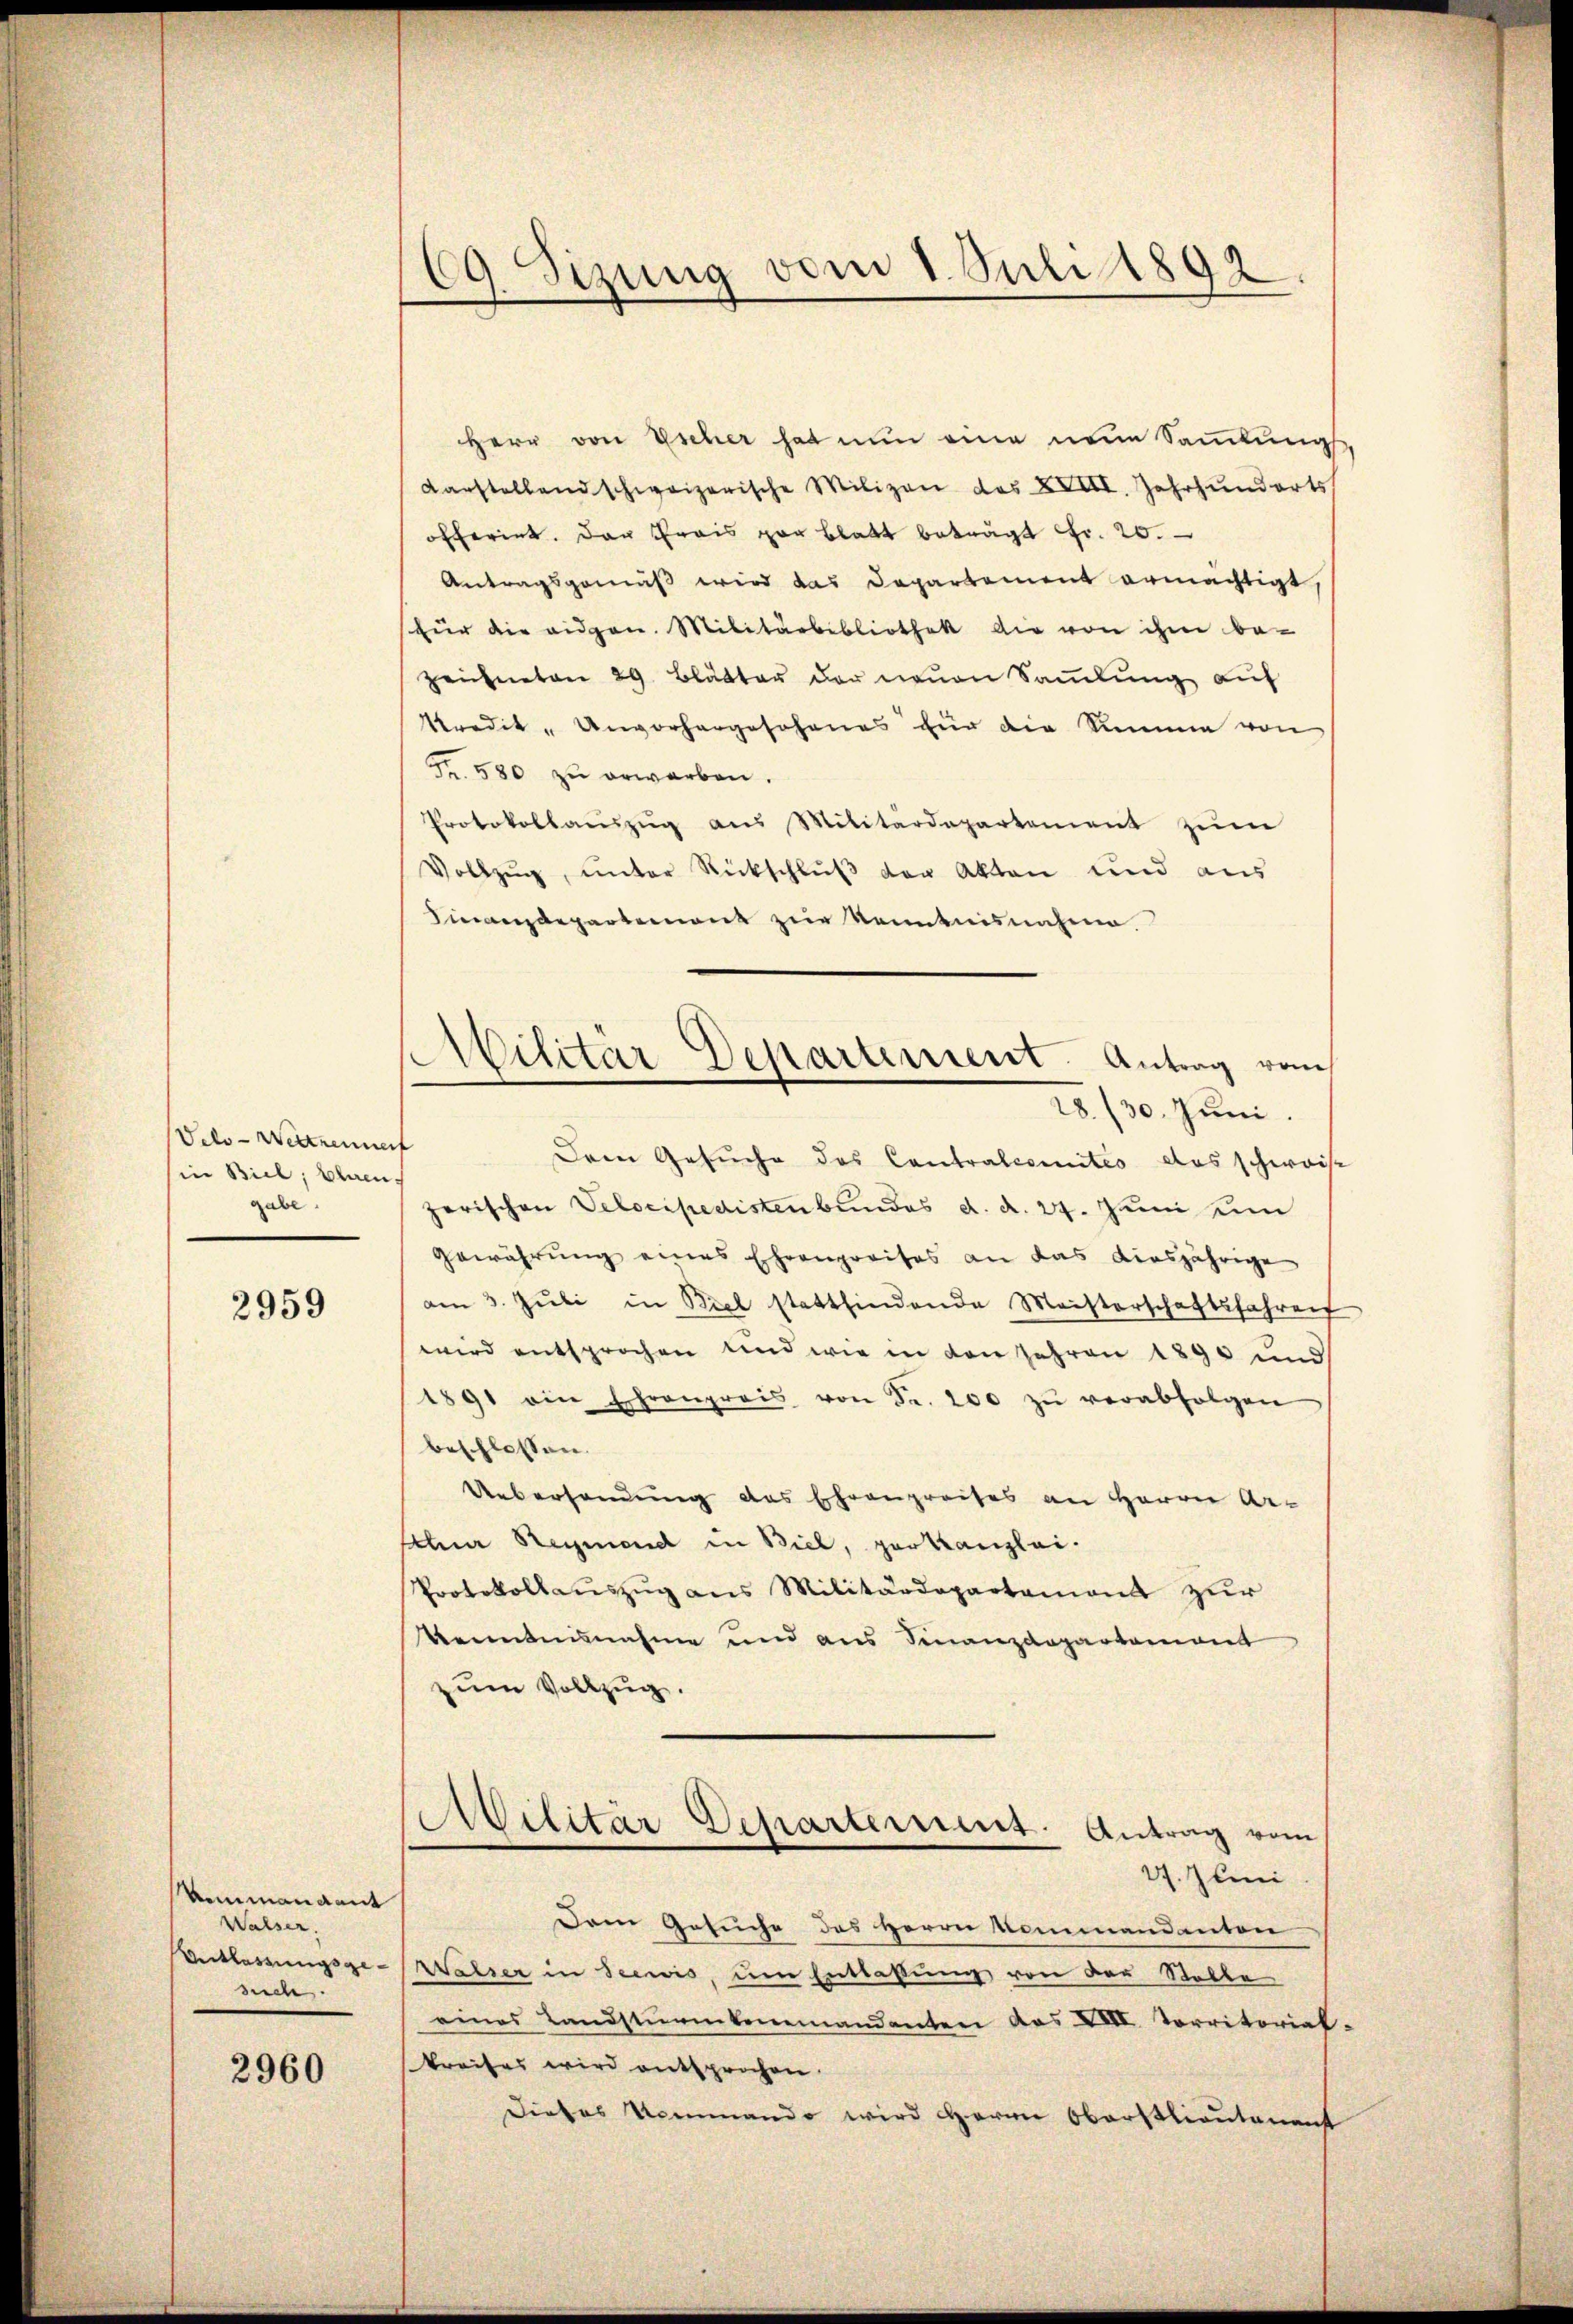
Velo-Wertrennert
(in Biel, Ehren.
gabe.

2959

Ammandant
Walser,
such.

2960

69. Sizung vom 1. Juli 1892.

Herr von Escher hat nun eine neue Sammlung,
darstellend schweizerische Milizen des XVIII. Jahrhundorts
offerint. Das Prais par Blatt beträgt Fr. 20.
Antragsgemäβ wird das Departement ermächtigt,
für die eidgen. Militärbibliothek die von ihm be-
zeichneten 29. Blätter der neuen Sammlung auf
kredit- Unvorhergeschenes für die Summe von
Fr. 580 zŭ erwarben.
Protokollaŭszŭg aŭs Militärdepartement zŭm
Vollzŭg, ŭnter Rückschlŭβ der Akten und aus
Finanzdepartement zur Kenntnisnahme
Dem Gesuche des Contralcomités das schweise
zerischen Velocipedisten bundes d. d. 24. Juni ein
gewährung eines Ehrenpreises an das diesjährige
am 3. Juli in Biel stattfindende Meisterschaftsfahren
wird entsprochen und wie in den Jahren 1890 und
1891 ein Ehrenpreis von Fr. 200 zŭ verabfolgen
beschlossen.
Uebersandung des Ehrenpreises an Herrn Arhir Regiend in Biel, gar kanzlei-
Protokollauszug aus Militärdepartement zur
Renntnisnahme und aus Finanzdepartement
zum Vollzug.
Militär Departement. Antrag vom
17. Juni
Dem Gesuche des Herrn Kommandanton
Entlassŭngsge-Walser in Seewis, um Entlaßung von der Stalle
eines Landstürmtenemandanten des XII. Territoriat.
kreises wird entsprochen.
Dieses Niemando wird Herrn Oberstlieutenant

Militär Departement. Antrag vom
28./30. Juni.